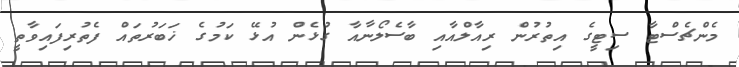
މެންޗެސްޓާ ސިޓީގެ އިތުރުން ރިއާލްއާއި ބާސެލޯނާއާ ގުޅެން އުޅޭ ކަމުގެ ޚަބަރުތައް ފެތުރިފައިވާތީ